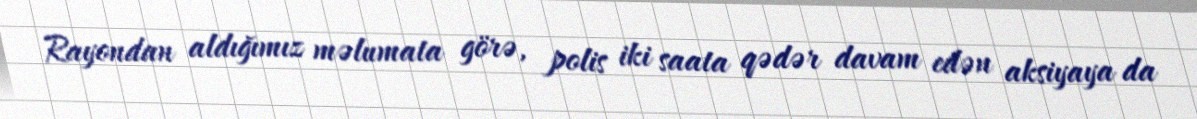
Rayondan aldığımız məlumata görə, polis iki saata qədər davam edən aksiyaya da